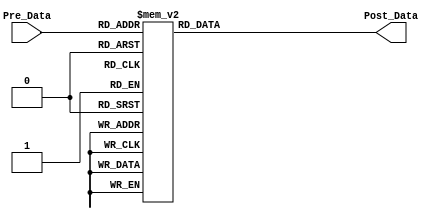
//Sigma_r = 0.300000
module Similary_LUT
(
   input		[7:0]	Pre_Data,
   output	reg	[9:0]	Post_Data
);

always@(*)
begin
	case(Pre_Data)
	8'h00 : Post_Data = 10'h3FF; 
	8'h01 : Post_Data = 10'h3FE; 
	8'h02 : Post_Data = 10'h3FE; 
	8'h03 : Post_Data = 10'h3FE; 
	8'h04 : Post_Data = 10'h3FD; 
	8'h05 : Post_Data = 10'h3FC; 
	8'h06 : Post_Data = 10'h3FB; 
	8'h07 : Post_Data = 10'h3FA; 
	8'h08 : Post_Data = 10'h3F9; 
	8'h09 : Post_Data = 10'h3F7; 
	8'h0A : Post_Data = 10'h3F6; 
	8'h0B : Post_Data = 10'h3F4; 
	8'h0C : Post_Data = 10'h3F2; 
	8'h0D : Post_Data = 10'h3F0; 
	8'h0E : Post_Data = 10'h3EE; 
	8'h0F : Post_Data = 10'h3EB; 
	8'h10 : Post_Data = 10'h3E8; 
	8'h11 : Post_Data = 10'h3E6; 
	8'h12 : Post_Data = 10'h3E3; 
	8'h13 : Post_Data = 10'h3DF; 
	8'h14 : Post_Data = 10'h3DC; 
	8'h15 : Post_Data = 10'h3D9; 
	8'h16 : Post_Data = 10'h3D5; 
	8'h17 : Post_Data = 10'h3D1; 
	8'h18 : Post_Data = 10'h3CD; 
	8'h19 : Post_Data = 10'h3C9; 
	8'h1A : Post_Data = 10'h3C5; 
	8'h1B : Post_Data = 10'h3C1; 
	8'h1C : Post_Data = 10'h3BC; 
	8'h1D : Post_Data = 10'h3B8; 
	8'h1E : Post_Data = 10'h3B3; 
	8'h1F : Post_Data = 10'h3AE; 
	8'h20 : Post_Data = 10'h3A9; 
	8'h21 : Post_Data = 10'h3A4; 
	8'h22 : Post_Data = 10'h39E; 
	8'h23 : Post_Data = 10'h399; 
	8'h24 : Post_Data = 10'h393; 
	8'h25 : Post_Data = 10'h38E; 
	8'h26 : Post_Data = 10'h388; 
	8'h27 : Post_Data = 10'h382; 
	8'h28 : Post_Data = 10'h37C; 
	8'h29 : Post_Data = 10'h376; 
	8'h2A : Post_Data = 10'h36F; 
	8'h2B : Post_Data = 10'h369; 
	8'h2C : Post_Data = 10'h363; 
	8'h2D : Post_Data = 10'h35C; 
	8'h2E : Post_Data = 10'h355; 
	8'h2F : Post_Data = 10'h34F; 
	8'h30 : Post_Data = 10'h348; 
	8'h31 : Post_Data = 10'h341; 
	8'h32 : Post_Data = 10'h33A; 
	8'h33 : Post_Data = 10'h333; 
	8'h34 : Post_Data = 10'h32B; 
	8'h35 : Post_Data = 10'h324; 
	8'h36 : Post_Data = 10'h31D; 
	8'h37 : Post_Data = 10'h316; 
	8'h38 : Post_Data = 10'h30E; 
	8'h39 : Post_Data = 10'h307; 
	8'h3A : Post_Data = 10'h2FF; 
	8'h3B : Post_Data = 10'h2F7; 
	8'h3C : Post_Data = 10'h2F0; 
	8'h3D : Post_Data = 10'h2E8; 
	8'h3E : Post_Data = 10'h2E0; 
	8'h3F : Post_Data = 10'h2D8; 
	8'h40 : Post_Data = 10'h2D0; 
	8'h41 : Post_Data = 10'h2C9; 
	8'h42 : Post_Data = 10'h2C1; 
	8'h43 : Post_Data = 10'h2B9; 
	8'h44 : Post_Data = 10'h2B1; 
	8'h45 : Post_Data = 10'h2A9; 
	8'h46 : Post_Data = 10'h2A1; 
	8'h47 : Post_Data = 10'h299; 
	8'h48 : Post_Data = 10'h290; 
	8'h49 : Post_Data = 10'h288; 
	8'h4A : Post_Data = 10'h280; 
	8'h4B : Post_Data = 10'h278; 
	8'h4C : Post_Data = 10'h270; 
	8'h4D : Post_Data = 10'h268; 
	8'h4E : Post_Data = 10'h260; 
	8'h4F : Post_Data = 10'h258; 
	8'h50 : Post_Data = 10'h250; 
	8'h51 : Post_Data = 10'h248; 
	8'h52 : Post_Data = 10'h23F; 
	8'h53 : Post_Data = 10'h237; 
	8'h54 : Post_Data = 10'h22F; 
	8'h55 : Post_Data = 10'h227; 
	8'h56 : Post_Data = 10'h21F; 
	8'h57 : Post_Data = 10'h217; 
	8'h58 : Post_Data = 10'h20F; 
	8'h59 : Post_Data = 10'h207; 
	8'h5A : Post_Data = 10'h200; 
	8'h5B : Post_Data = 10'h1F8; 
	8'h5C : Post_Data = 10'h1F0; 
	8'h5D : Post_Data = 10'h1E8; 
	8'h5E : Post_Data = 10'h1E0; 
	8'h5F : Post_Data = 10'h1D9; 
	8'h60 : Post_Data = 10'h1D1; 
	8'h61 : Post_Data = 10'h1C9; 
	8'h62 : Post_Data = 10'h1C2; 
	8'h63 : Post_Data = 10'h1BA; 
	8'h64 : Post_Data = 10'h1B3; 
	8'h65 : Post_Data = 10'h1AB; 
	8'h66 : Post_Data = 10'h1A4; 
	8'h67 : Post_Data = 10'h19D; 
	8'h68 : Post_Data = 10'h196; 
	8'h69 : Post_Data = 10'h18E; 
	8'h6A : Post_Data = 10'h187; 
	8'h6B : Post_Data = 10'h180; 
	8'h6C : Post_Data = 10'h179; 
	8'h6D : Post_Data = 10'h172; 
	8'h6E : Post_Data = 10'h16B; 
	8'h6F : Post_Data = 10'h165; 
	8'h70 : Post_Data = 10'h15E; 
	8'h71 : Post_Data = 10'h157; 
	8'h72 : Post_Data = 10'h151; 
	8'h73 : Post_Data = 10'h14A; 
	8'h74 : Post_Data = 10'h144; 
	8'h75 : Post_Data = 10'h13D; 
	8'h76 : Post_Data = 10'h137; 
	8'h77 : Post_Data = 10'h131; 
	8'h78 : Post_Data = 10'h12A; 
	8'h79 : Post_Data = 10'h124; 
	8'h7A : Post_Data = 10'h11E; 
	8'h7B : Post_Data = 10'h118; 
	8'h7C : Post_Data = 10'h113; 
	8'h7D : Post_Data = 10'h10D; 
	8'h7E : Post_Data = 10'h107; 
	8'h7F : Post_Data = 10'h101; 
	8'h80 : Post_Data = 10'h0FC; 
	8'h81 : Post_Data = 10'h0F6; 
	8'h82 : Post_Data = 10'h0F1; 
	8'h83 : Post_Data = 10'h0EC; 
	8'h84 : Post_Data = 10'h0E6; 
	8'h85 : Post_Data = 10'h0E1; 
	8'h86 : Post_Data = 10'h0DC; 
	8'h87 : Post_Data = 10'h0D7; 
	8'h88 : Post_Data = 10'h0D2; 
	8'h89 : Post_Data = 10'h0CD; 
	8'h8A : Post_Data = 10'h0C9; 
	8'h8B : Post_Data = 10'h0C4; 
	8'h8C : Post_Data = 10'h0BF; 
	8'h8D : Post_Data = 10'h0BB; 
	8'h8E : Post_Data = 10'h0B6; 
	8'h8F : Post_Data = 10'h0B2; 
	8'h90 : Post_Data = 10'h0AD; 
	8'h91 : Post_Data = 10'h0A9; 
	8'h92 : Post_Data = 10'h0A5; 
	8'h93 : Post_Data = 10'h0A1; 
	8'h94 : Post_Data = 10'h09D; 
	8'h95 : Post_Data = 10'h099; 
	8'h96 : Post_Data = 10'h095; 
	8'h97 : Post_Data = 10'h091; 
	8'h98 : Post_Data = 10'h08E; 
	8'h99 : Post_Data = 10'h08A; 
	8'h9A : Post_Data = 10'h086; 
	8'h9B : Post_Data = 10'h083; 
	8'h9C : Post_Data = 10'h07F; 
	8'h9D : Post_Data = 10'h07C; 
	8'h9E : Post_Data = 10'h079; 
	8'h9F : Post_Data = 10'h075; 
	8'hA0 : Post_Data = 10'h072; 
	8'hA1 : Post_Data = 10'h06F; 
	8'hA2 : Post_Data = 10'h06C; 
	8'hA3 : Post_Data = 10'h069; 
	8'hA4 : Post_Data = 10'h066; 
	8'hA5 : Post_Data = 10'h063; 
	8'hA6 : Post_Data = 10'h061; 
	8'hA7 : Post_Data = 10'h05E; 
	8'hA8 : Post_Data = 10'h05B; 
	8'hA9 : Post_Data = 10'h059; 
	8'hAA : Post_Data = 10'h056; 
	8'hAB : Post_Data = 10'h054; 
	8'hAC : Post_Data = 10'h051; 
	8'hAD : Post_Data = 10'h04F; 
	8'hAE : Post_Data = 10'h04C; 
	8'hAF : Post_Data = 10'h04A; 
	8'hB0 : Post_Data = 10'h048; 
	8'hB1 : Post_Data = 10'h046; 
	8'hB2 : Post_Data = 10'h044; 
	8'hB3 : Post_Data = 10'h042; 
	8'hB4 : Post_Data = 10'h040; 
	8'hB5 : Post_Data = 10'h03E; 
	8'hB6 : Post_Data = 10'h03C; 
	8'hB7 : Post_Data = 10'h03A; 
	8'hB8 : Post_Data = 10'h038; 
	8'hB9 : Post_Data = 10'h036; 
	8'hBA : Post_Data = 10'h035; 
	8'hBB : Post_Data = 10'h033; 
	8'hBC : Post_Data = 10'h031; 
	8'hBD : Post_Data = 10'h030; 
	8'hBE : Post_Data = 10'h02E; 
	8'hBF : Post_Data = 10'h02D; 
	8'hC0 : Post_Data = 10'h02B; 
	8'hC1 : Post_Data = 10'h02A; 
	8'hC2 : Post_Data = 10'h029; 
	8'hC3 : Post_Data = 10'h027; 
	8'hC4 : Post_Data = 10'h026; 
	8'hC5 : Post_Data = 10'h025; 
	8'hC6 : Post_Data = 10'h023; 
	8'hC7 : Post_Data = 10'h022; 
	8'hC8 : Post_Data = 10'h021; 
	8'hC9 : Post_Data = 10'h020; 
	8'hCA : Post_Data = 10'h01F; 
	8'hCB : Post_Data = 10'h01E; 
	8'hCC : Post_Data = 10'h01D; 
	8'hCD : Post_Data = 10'h01C; 
	8'hCE : Post_Data = 10'h01B; 
	8'hCF : Post_Data = 10'h01A; 
	8'hD0 : Post_Data = 10'h019; 
	8'hD1 : Post_Data = 10'h018; 
	8'hD2 : Post_Data = 10'h017; 
	8'hD3 : Post_Data = 10'h016; 
	8'hD4 : Post_Data = 10'h015; 
	8'hD5 : Post_Data = 10'h015; 
	8'hD6 : Post_Data = 10'h014; 
	8'hD7 : Post_Data = 10'h013; 
	8'hD8 : Post_Data = 10'h012; 
	8'hD9 : Post_Data = 10'h012; 
	8'hDA : Post_Data = 10'h011; 
	8'hDB : Post_Data = 10'h010; 
	8'hDC : Post_Data = 10'h010; 
	8'hDD : Post_Data = 10'h00F; 
	8'hDE : Post_Data = 10'h00F; 
	8'hDF : Post_Data = 10'h00E; 
	8'hE0 : Post_Data = 10'h00E; 
	8'hE1 : Post_Data = 10'h00D; 
	8'hE2 : Post_Data = 10'h00D; 
	8'hE3 : Post_Data = 10'h00C; 
	8'hE4 : Post_Data = 10'h00C; 
	8'hE5 : Post_Data = 10'h00B; 
	8'hE6 : Post_Data = 10'h00B; 
	8'hE7 : Post_Data = 10'h00A; 
	8'hE8 : Post_Data = 10'h00A; 
	8'hE9 : Post_Data = 10'h009; 
	8'hEA : Post_Data = 10'h009; 
	8'hEB : Post_Data = 10'h009; 
	8'hEC : Post_Data = 10'h008; 
	8'hED : Post_Data = 10'h008; 
	8'hEE : Post_Data = 10'h008; 
	8'hEF : Post_Data = 10'h007; 
	8'hF0 : Post_Data = 10'h007; 
	8'hF1 : Post_Data = 10'h007; 
	8'hF2 : Post_Data = 10'h006; 
	8'hF3 : Post_Data = 10'h006; 
	8'hF4 : Post_Data = 10'h006; 
	8'hF5 : Post_Data = 10'h006; 
	8'hF6 : Post_Data = 10'h005; 
	8'hF7 : Post_Data = 10'h005; 
	8'hF8 : Post_Data = 10'h005; 
	8'hF9 : Post_Data = 10'h005; 
	8'hFA : Post_Data = 10'h004; 
	8'hFB : Post_Data = 10'h004; 
	8'hFC : Post_Data = 10'h004; 
	8'hFD : Post_Data = 10'h004; 
	8'hFE : Post_Data = 10'h004; 
	8'hFF : Post_Data = 10'h003; 
	endcase
end

endmodule